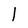
Character: l